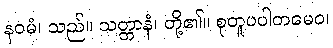
နဝမံ၊ သည်။ သတ္တာနံ၊ တို့၏။ စုတူပပါတမေဝ၊